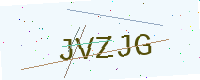
Text: JVZJG